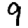
Digit: 9